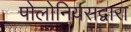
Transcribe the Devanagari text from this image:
पोलोनियसद्वारा